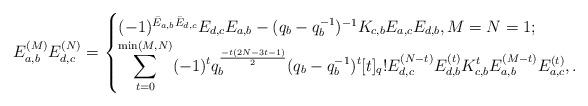
LaTeX: \begin{align*}E_{a,b}^{(M)}E_{d,c}^{(N)}=\begin{cases}(-1)^{\bar E_{a,b}\bar E_{d,c}}E_{d,c}E_{a,b}-(q_b-q_b^{-1})^{-1}K_{c,b}E_{a,c}E_{d,b},M=N=1;\\\displaystyle \sum_{t=0}^{\min(M,N)} (-1)^tq_{b}^{\frac{-t(2N-3t-1)}{2}}(q_b-q_b^{-1})^{t}[t]_q!E_{d,c}^{(N-t)} E_{d,b}^{(t)}K_{c,b}^{t}E_{a,b}^{(M-t)}E_{a,c}^{(t)},.\end{cases}\end{align*}